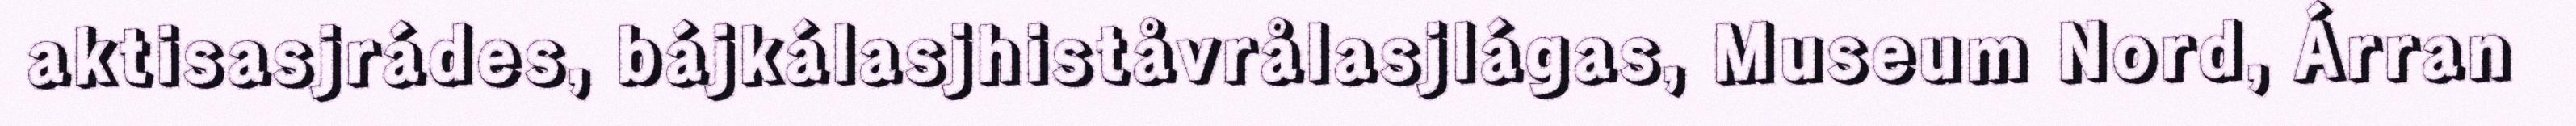
aktisasjrádes, bájkálasjhiståvrålasjlágas, Museum Nord, Árran